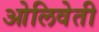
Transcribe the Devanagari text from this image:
ओलिवेती